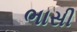
ભાસી